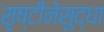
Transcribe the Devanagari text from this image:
सृष्टीनेसुद्धा